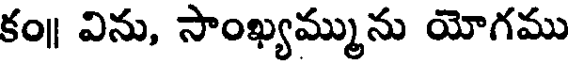
కం॥ విను, సాంఖ్యమ్మును యోగము